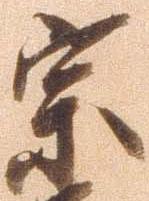
宗